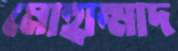
মোহাম্মাদ